Annual report on the Civil Veterinary Department, Burma (including the Insein Veterinary School) - 1932-1941
Year: 1932
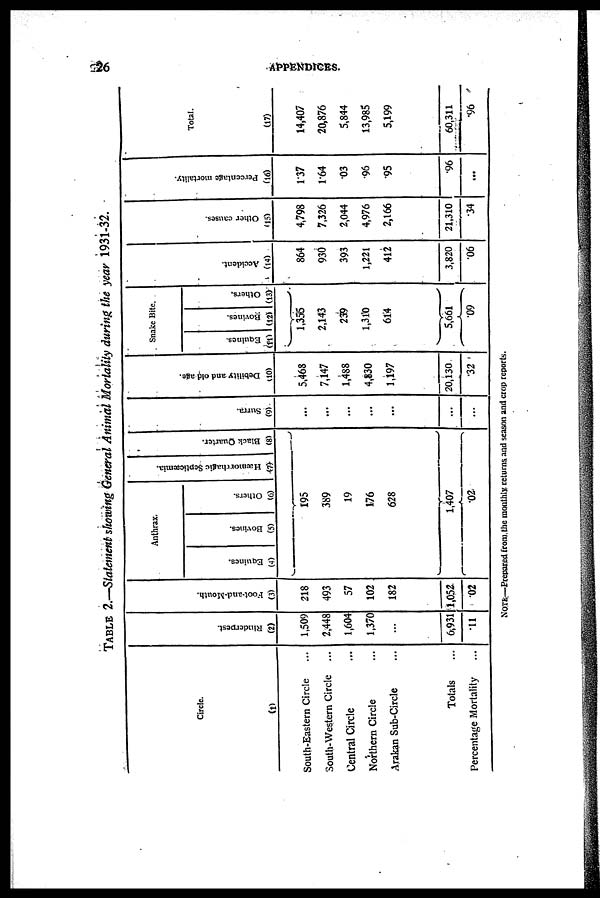
26
APPENDICES.
TABLE 2.—Statement showing General Animal Mortality during the year 1931-32.
Circle.
(1)
South-Eastern Circle ...
South-Western Circle ...
Central Circle ...
Northern Circle ...
Arakan Sub-Circle ...
Totals ...
Percentage Mortality ...
Ri nde r
pe s t
.
(2)
1,509
2,448
1,604
1,370
...
6,931
11
Foot-and-Mouth.
(3)
218
493
57
102
182
1,052
.02
Anthrax.
Equines.
(4)
Bovines.
(5)
Others.
(6)
195
389
19
176
628
1,407
.02
Hæmorrhagic Septicæmia
(7)
Bl ack Quar t
er .
(8)
Sur r a.
(9)
...
...
...
...
...
...
...
Debility and old age.
(10)
5,468
7,147
1,488
4,830
1,197
20,130
.32
Snake Bite.
Equines.
(11)
Bovines.
(12)
1,355
2,143
239
1,310
614
5,661
.09
Others.
(13)
Accident.
(14)
864
930
393
1,221
412
3,820
.06
Ot her causes.
(15)
4,798
7,326
2,044
4,976
2,166
21,310
.34
Pe r
c e nt a ge mortality.
(16)
1.37
1.64
.03
.96
.95
96
...
Total
(17)
14,407
20,876
5,844
13,985
5,199
60,311
96
NOTE—Prepared from the monthly returns and season and crop reports.